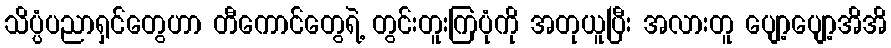
သိပ္ပံပညာရှင်တွေဟာ တီကောင်တွေရဲ့ တွင်းတူးကြပုံကို အတုယူပြီး အလားတူ ပျော့ပျော့အိအိ